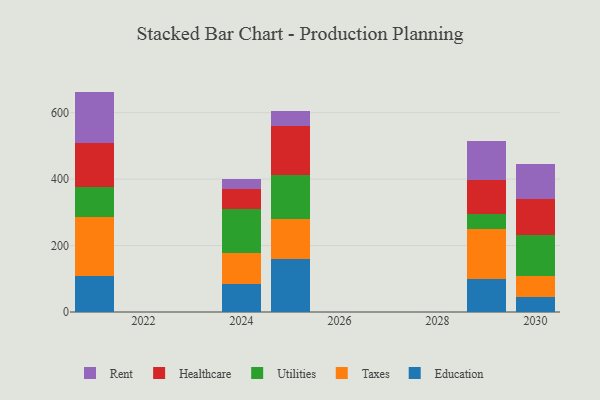
{"axis": {"x": "Year", "y": "Shipments"}, "legend": ["Education", "Healthcare", "Rent", "Taxes", "Utilities"], "data": [{"x": "2030", "y": 45.9, "type": "Education"}, {"x": "2030", "y": 61.1, "type": "Taxes"}, {"x": "2030", "y": 123.5, "type": "Utilities"}, {"x": "2030", "y": 109.3, "type": "Healthcare"}, {"x": "2030", "y": 105.7, "type": "Rent"}, {"x": "2024", "y": 84.8, "type": "Education"}, {"x": "2024", "y": 91.5, "type": "Taxes"}, {"x": "2024", "y": 132.9, "type": "Utilities"}, {"x": "2024", "y": 60.8, "type": "Healthcare"}, {"x": "2024", "y": 30.9, "type": "Rent"}, {"x": "2029", "y": 100.2, "type": "Education"}, {"x": "2029", "y": 148.7, "type": "Taxes"}, {"x": "2029", "y": 47.3, "type": "Utilities"}, {"x": "2029", "y": 99.9, "type": "Healthcare"}, {"x": "2029", "y": 118.8, "type": "Rent"}, {"x": "2025", "y": 160.0, "type": "Education"}, {"x": "2025", "y": 120.7, "type": "Taxes"}, {"x": "2025", "y": 132.6, "type": "Utilities"}, {"x": "2025", "y": 146.7, "type": "Healthcare"}, {"x": "2025", "y": 43.5, "type": "Rent"}, {"x": "2021", "y": 107.6, "type": "Education"}, {"x": "2021", "y": 178.5, "type": "Taxes"}, {"x": "2021", "y": 89.7, "type": "Utilities"}, {"x": "2021", "y": 132.3, "type": "Healthcare"}, {"x": "2021", "y": 155.2, "type": "Rent"}]}